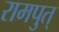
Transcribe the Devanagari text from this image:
रामपुत्